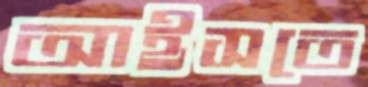
আইসতে